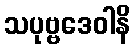
သပုဗ္ဗဒေဝါနိ